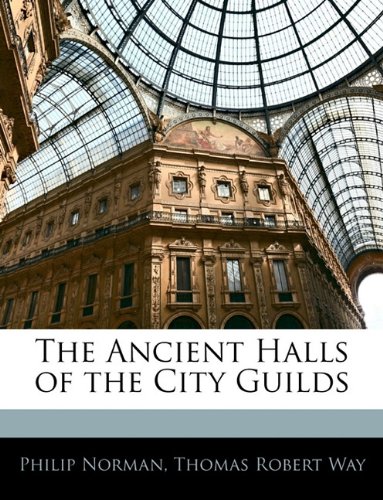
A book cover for The Ancient Halls of the City Guilds; Philip Norman; Arts & Photography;